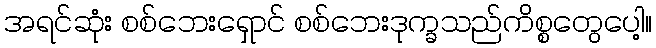
အရင်ဆုံး စစ်ဘေးရှောင် စစ်ဘေးဒုက္ခသည်ကိစ္စတွေပေါ့။